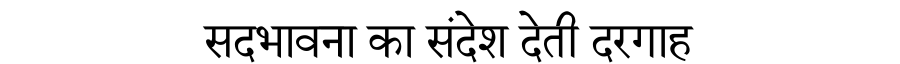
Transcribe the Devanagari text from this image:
सदभावना का संदेश देती दरगाह